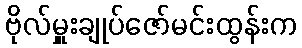
ဗိုလ်မှူးချုပ်ဇော်မင်းထွန်းက